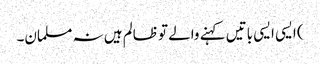
) ایسی ایسی باتیں کہنے والے تو ظالم ہیں نہ مسلمان۔